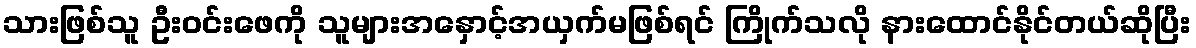
သားဖြစ်သူ ဦးဝင်းဖေကို သူများအနှောင့်အယှက်မဖြစ်ရင် ကြိုက်သလို နားထောင်နိုင်တယ်ဆိုပြီး